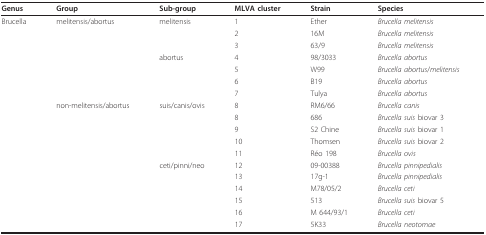
| Genus | Group | Sub-group | MLVA cluster | Strain | Species |
 | --- | --- | --- | --- | --- | --- |
 | Brucella | melitensis/abortus | melitensis | 1 | Ether | Brucella melitensis |
 |  |  |  | 2 | 16M | Brucella melitensis |
 |  |  |  | 3 | 63/9 | Brucella melitensis |
 |  |  | abortus | 4 | 98/3033 | Brucella abortus |
 |  |  |  | 5 | W99 | Brucella abortus/melitensis |
 |  |  |  | 6 | B19 | Brucella abortus |
 |  |  |  | 7 | Tulya | Brucella abortus |
 |  | non-melitensis/abortus | suis/canis/ovis | 8 | RM6/66 | Brucella canis |
 |  |  |  | 8 | 686 | Brucella suis biovar 3 |
 |  |  |  | 9 | S2 Chine | Brucella suis biovar 1 |
 |  |  |  | 10 | Thomsen | Brucella suis biovar 2 |
 |  |  |  | 11 | Réo 198 | Brucella ovis |
 |  |  | ceti/pinni/neo | 12 | 09-00388 | Brucella pinnipedialis |
 |  |  |  | 13 | 17g-1 | Brucella pinnipedialis |
 |  |  |  | 14 | M78/05/2 | Brucella ceti |
 |  |  |  | 15 | 513 | Brucella suis biovar 5 |
 |  |  |  | 16 | M 644/93/1 | Brucella ceti |
 |  |  |  | 17 | 5K33 | Brucella neotomae |